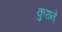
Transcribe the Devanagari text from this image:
कुराने